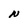
Character: N